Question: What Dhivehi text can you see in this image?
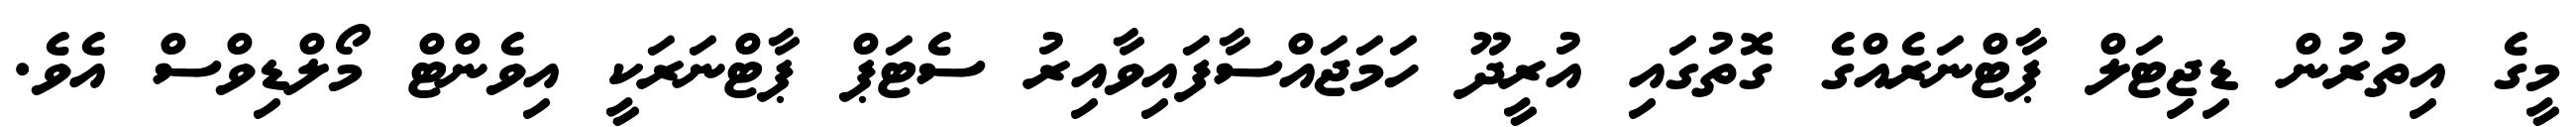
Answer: މީގެ އިތުރުން ޑިޖިޓަލް ޕާޓްނަރެއްގެ ގޮތުގައި އުރީދޫ ހަމަޖައްސާފައިވާއިރު ސެޓަޕް ޕާޓްނަރަކީ އިވެންޓް މޯލްޑިވްސް އެވެ.